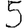
Digit: 5